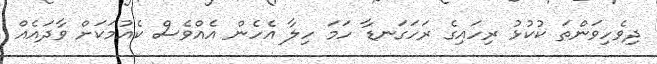
ދިވެހިވަންތަ ކުކުޅު ރިހައިގެ ރަހަގަނޑާ ހަމަ ހިލާ އެހެން އެއްވެސް ކެއުމަކަށް ވާދައެއް